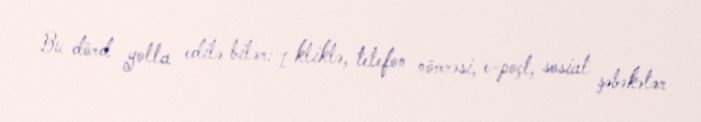
Bu dörd yolla edilə bilər: 1 kliklə, telefon nömrəsi, e-poçt, sosial şəbəkələr